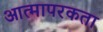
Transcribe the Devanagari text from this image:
आत्मापरकता